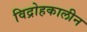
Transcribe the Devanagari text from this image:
विद्रोहकालीन